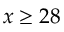
x \geq 2 8